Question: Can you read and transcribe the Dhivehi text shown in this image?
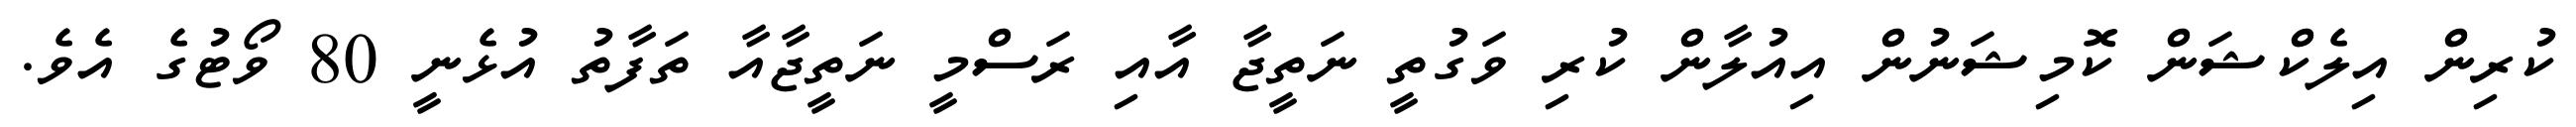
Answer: ކުރިން އިލެކްޝަން ކޮމިޝަނުން އިއުލާން ކުރި ވަގުތީ ނަތީޖާ އާއި ރަސްމީ ނަތީޖާއާ ތަފާތު އުޅެނީ 80 ވޯޓުގެ އެވެ.